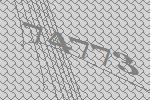
74773